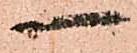
一